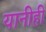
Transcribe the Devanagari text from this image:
यानीही